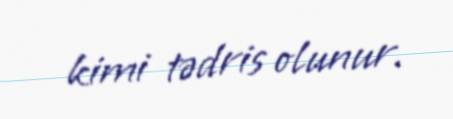
kimi tədris olunur.